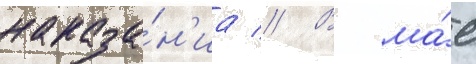
наказа́н'иа // В ма́е